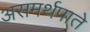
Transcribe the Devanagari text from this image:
असमर्थपाते